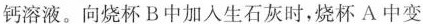
钙溶液。向烧杯B中加人生石灰时，烧杯A中变